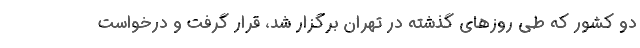
دو کشور که طی روزهای گذشته در تهران برگزار شد، قرار گرفت و درخواست